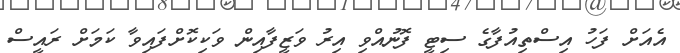
އެއަށް ފަހު އިސްތިއުފާގެ ސިޓީ ފޮނުއްވި އިރު ވަޒީފާއިން ވަކިކޮށްފައިވާ ކަމަށް ރައީސް